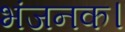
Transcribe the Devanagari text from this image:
भंजनक।